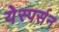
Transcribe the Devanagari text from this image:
येस्पर्सन